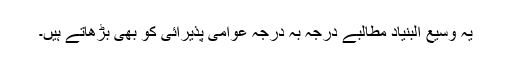
یہ وسیع البنیاد مطالبے درجہ بہ درجہ عوامی پذیرائی کو بھی بڑھاتے ہیں۔